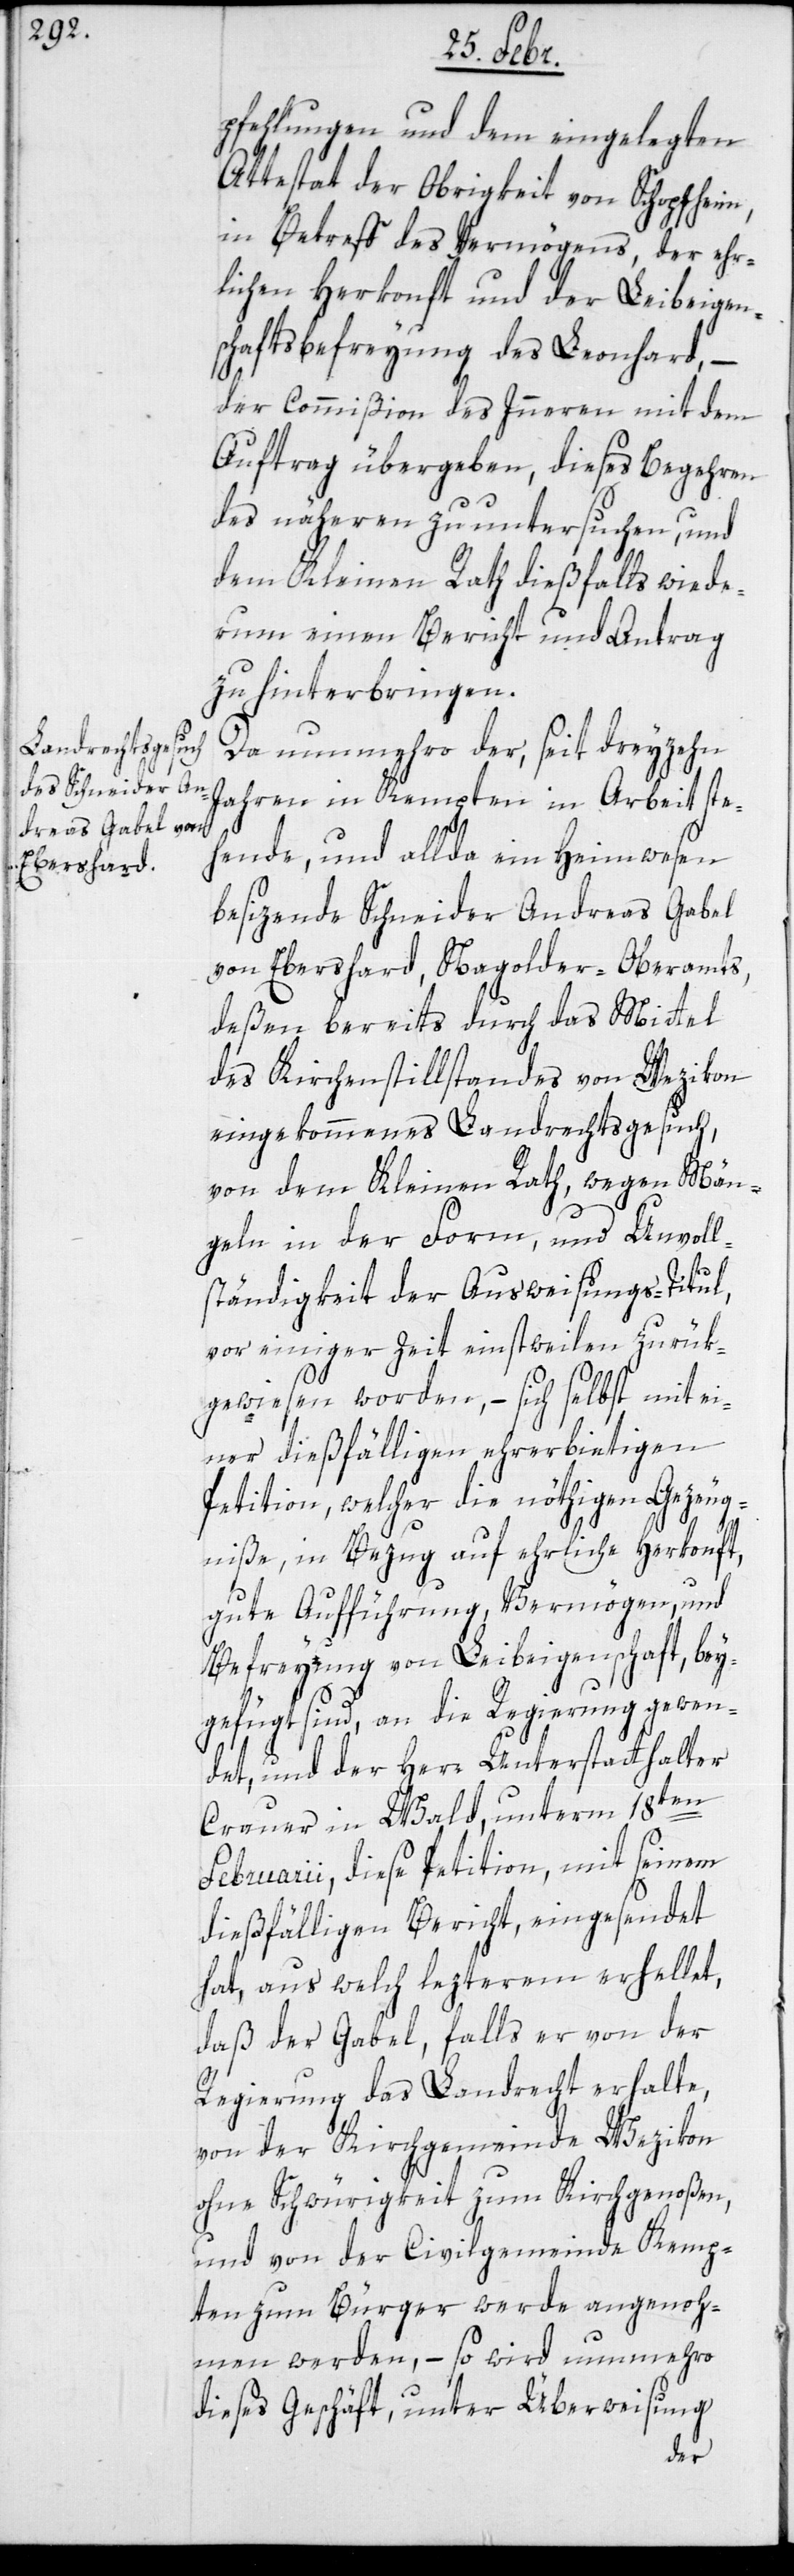
pfehlungen und dem eingelegten
Attestat der Obrigkeit von Schopfheim,
in Betreff des Vermögens, der ehr¬
lichen Herkonft und der Leibeigen¬
schafts-Befreyung des Leonhard, –
der Commißion des Inneren mit dem
Auftrag übergeben, dieses Begehren
des näheren zu untersuchen, und
dem Kleinen Rath dießfalls wiede¬
rum einen Bericht und Antrag
zu hinterbringen.
Da nunmehro der, seit dreyzehn
Jahren in Kempten in Arbeit ste¬
hende, und allda ein Heimwesen
besizende Schneider Andreas Gabel
von Ebershard, Nagolder-Oberamts,
deßen bereits durch das Mittel
des Kirchenstillstands von Wezikon
eingekommenes Landrechtsgesuch,
von dem Kleinen Rath, wegen Män¬
geln in der Form und Unvoll¬
ständigkeit der Ausweisungs-Titul,
vor einiger Zeit einstweilen zurük¬
gewiesen worden, – sich selbst mit ei¬
ner dießfälligen ehrerbietigen
Petition, welcher die nöthigen Gezeug¬
niße, in Bezug auf ehrliche Herkonft,
gute Aufführung, Vermögen, und
Befreyung von Leibeigenschaft, bey¬
gefügt sind, an die Regierung gewen¬
det, und der Herr Unterstatthalter
Crauer in Wald, unterm 18ten
Februarii, diese Petition, mit seinem
dießfälligen Bericht, eingesendet
hat, aus welch lezterem erhellet,
daß der Gabel, falls er von der
Regierung das Landrecht erhalte,
von der Kirchgemeinde Wezikon
ohne Schwürigkeit zum Kirchgenoßen,
und von der Civilgemeinde Kemp¬
ten zum Bürger werde angenoh¬
men werden, – so wird nunmehro
dieses Geschäft, unter Überweisung